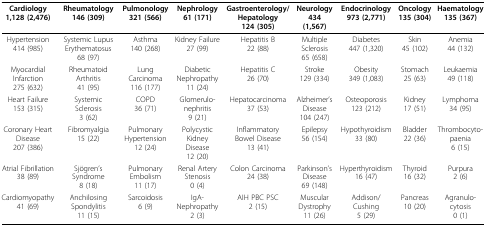
<table><thead><tr><td><b>Cardiology1,128 (2,476)</b></td><td><b>Rheumatology146 (309)</b></td><td><b>Pulmonology321 (566)</b></td><td><b>Nephrology61 (171)</b></td><td><b>Gastroenterology/Hepatology124 (305)</b></td><td><b>Neurology434 (1,567)</b></td><td><b>Endocrinology973 (2,771)</b></td><td><b>Oncology135 (304)</b></td><td><b>Haematology135 (367)</b></td></tr></thead><tbody><tr><td>Hypertension414 (985)</td><td>Systemic Lupus Erythematosus68 (97)</td><td>Asthma140 (268)</td><td>Kidney Failure27 (99)</td><td>Hepatitis B22 (88)</td><td>Multiple Sclerosis65 (658)</td><td>Diabetes447 (1,320)</td><td>Skin45 (102)</td><td>Anemia44 (132)</td></tr><tr><td>Myocardial Infarction275 (632)</td><td>Rheumatoid Arthritis41 (95)</td><td>Lung Carcinoma116 (177)</td><td>Diabetic Nephropathy11 (24)</td><td>Hepatitis C26 (70)</td><td>Stroke129 (334)</td><td>Obesity349 (1,083)</td><td>Stomach25 (63)</td><td>Leukaemia49 (118)</td></tr><tr><td>Heart Failure153 (315)</td><td>Systemic Sclerosis3 (62)</td><td>COPD36 (71)</td><td>Glomerulo-nephritis9 (21)</td><td>Hepatocarcinoma37 (53)</td><td>Alzheimer&#x27;s Disease104 (247)</td><td>Osteoporosis123 (212)</td><td>Kidney17 (51)</td><td>Lymphoma34 (95)</td></tr><tr><td>Coronary Heart Disease207 (386)</td><td>Fibromyalgia15 (22)</td><td>Pulmonary Hypertension12 (24)</td><td>Polycystic Kidney Disease12 (20)</td><td>Inflammatory Bowel Disease13 (41)</td><td>Epilepsy56 (154)</td><td>Hypothyroidism33 (80)</td><td>Bladder22 (36)</td><td>Thrombocyto-paenia6 (15)</td></tr><tr><td>Atrial Fibrillation38 (89)</td><td>Sjögren&#x27;s Syndrome8 (18)</td><td>Pulmonary Embolism11 (17)</td><td>Renal Artery Stenosis0 (4)</td><td>Colon Carcinoma24 (38)</td><td>Parkinson&#x27;s Disease69 (148)</td><td>Hyperthyroidism16 (47)</td><td>Thyroid16 (32)</td><td>Purpura2 (6)</td></tr><tr><td>Cardiomyopathy41 (69)</td><td>Anchilosing Spondylitis11 (15)</td><td>Sarcoidosis6 (9)</td><td>IgA-Nephropathy2 (3)</td><td>AIH PBC PSC2 (15)</td><td>Muscular Dystrophy11 (26)</td><td>Addison/Cushing5 (29)</td><td>Pancreas10 (20)</td><td>Agranulo-cytosis0 (1)</td></tr></tbody></table>